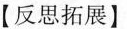
【反思拓展】